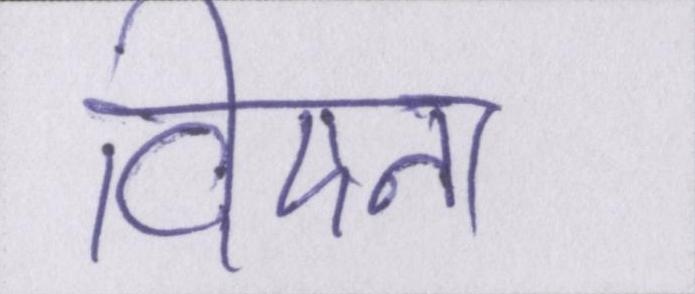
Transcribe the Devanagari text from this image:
विएना